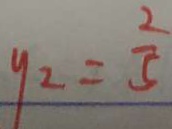
y _ { 2 } = \frac { 2 } { 5 }